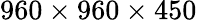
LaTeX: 960\times 960\times 450